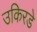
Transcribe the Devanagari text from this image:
उकिरडे